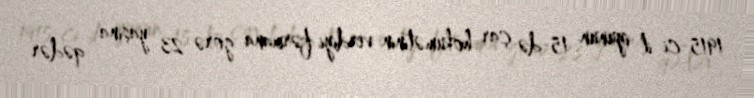
1915-ci il iyunun 15-də çar hökumətinin verdiyi fərmana görə 23 yaşına qədər